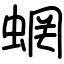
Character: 蝄